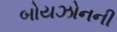
બોયઝોનની